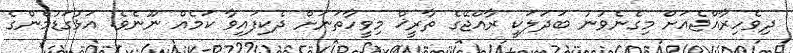
ދިވެހިރާއްޖެއަށް މިގެނެވުނު ބަދަލަކީ ރާއްޖޭގެ ތާރީޚް މިވީހާތަނަށް ދެކިފައިވާ ކަމެއް ނޫނެވެ. އަޅުގަޑުމެންގެ